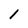
Character: 1